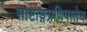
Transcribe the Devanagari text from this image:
साष्टाङ्गप्रणिपातेन